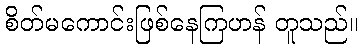
စိတ်မကောင်းဖြစ်နေကြဟန် တူသည်။